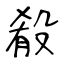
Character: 殽